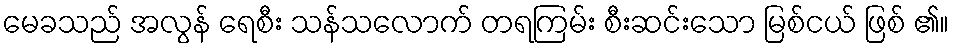
မေခသည် အလွန် ရေစီး သန်သလောက် တရကြမ်း စီးဆင်းသော မြစ်ငယ် ဖြစ် ၏။